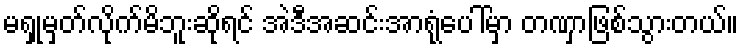
မရှုမှတ်လိုက်မိဘူးဆိုရင် အဲဒီအဆင်းအာရုံပေါ်မှာ တဏှာဖြစ်သွားတယ်။